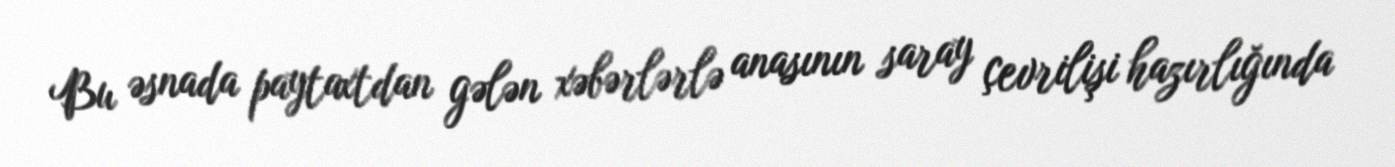
Bu əsnada paytaxtdan gələn xəbərlərlə anasının saray çevrilişi hazırlığında